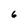
Character: 6